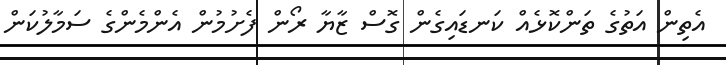
އެތިން އަތުގެ ތަންކޮޅެއް ކަނޑައިގެން ގޮސް ޒާޔާ ރޯން ފެށުމުން އެންމެންގެ ސަމާލުކަން